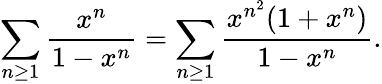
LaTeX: \sum_{n\geq 1}{\frac{x^{n}}{1-x^{n}}}=\sum_{n\geq 1}{\frac{x^{n^{2}}(1+x^{n})}{1-x^{n}}}.